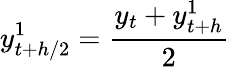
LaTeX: y_{t+h/2}^{1}={\frac{y_{t}+y_{t+h}^{1}}{2}}